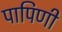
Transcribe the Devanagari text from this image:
पापिणी